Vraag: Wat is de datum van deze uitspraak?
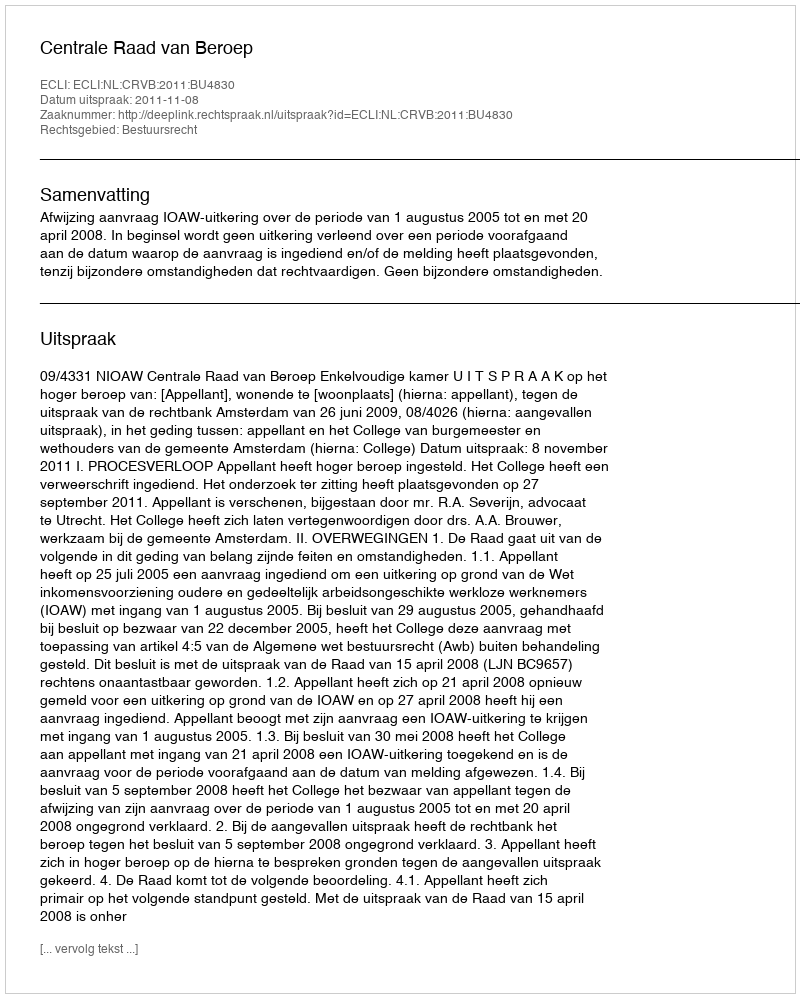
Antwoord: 2011-11-08